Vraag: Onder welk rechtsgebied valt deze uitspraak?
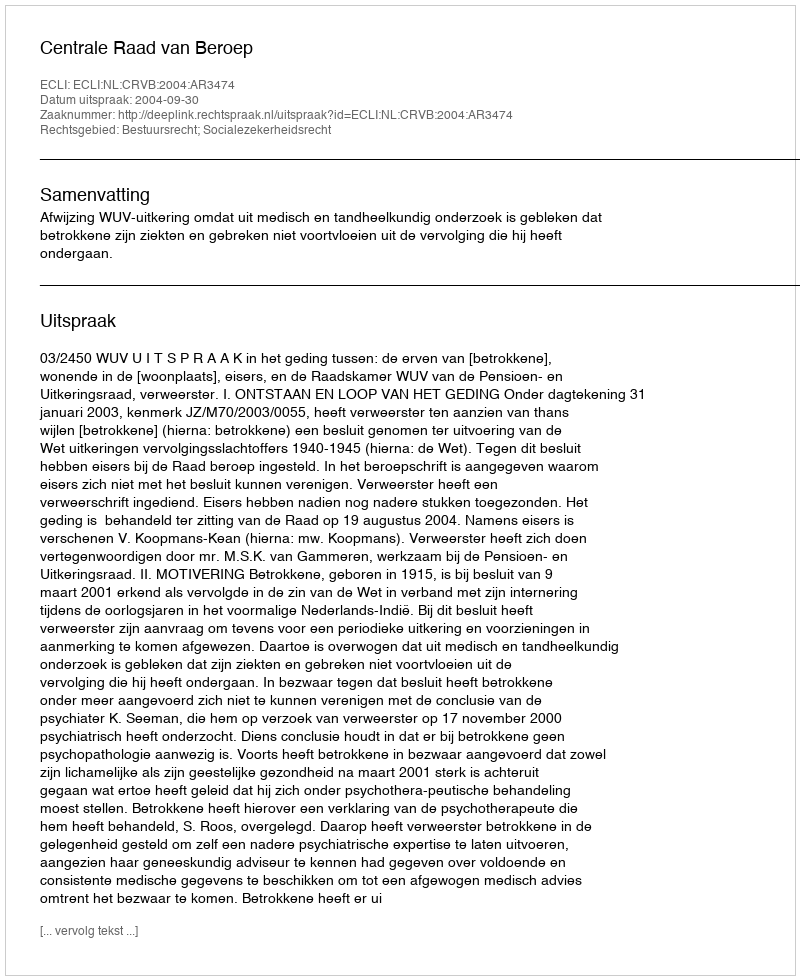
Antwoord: Bestuursrecht; Socialezekerheidsrecht